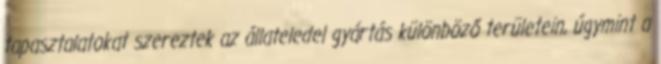
tapasztalatokat szereztek az állateledel gyártás különböző területein, úgymint a